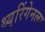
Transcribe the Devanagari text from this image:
थ्युरिंगेनला